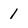
Character: 1